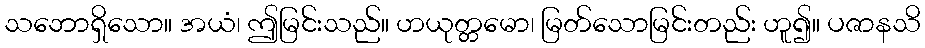
သဘောရှိသော။ အယံ၊ ဤမြင်းသည်။ ဟယုတ္တမော၊ မြတ်သောမြင်းတည်း ဟူ၍။ ပဇာနသိ